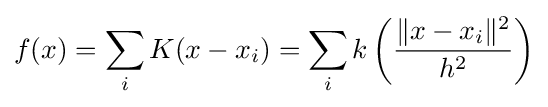
f(x)=\sum _{i}K(x-x_{i})=\sum _{i}k\left({\frac {\|x-x_{i}\|^{2}}{h^{2}}}\right)